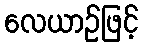
လေယာဉ်ဖြင့်